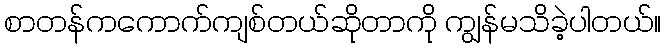
စာတန်ကကောက်ကျစ်တယ်ဆိုတာကို ကျွန်မသိခဲ့ပါတယ်။